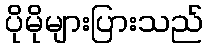
ပိုမိုများပြားသည်